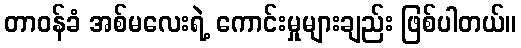
တာဝန်ခံ အစ်မလေးရဲ့ ကောင်းမှုများချည်း ဖြစ်ပါတယ်။